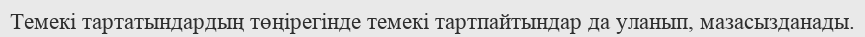
Темекі тартатындардың төңірегінде темекі тартпайтындар да уланып, мазасызданады.